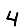
Digit: 4